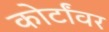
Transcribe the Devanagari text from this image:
कोर्टांवर